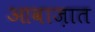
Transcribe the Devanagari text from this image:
आवाज़ात